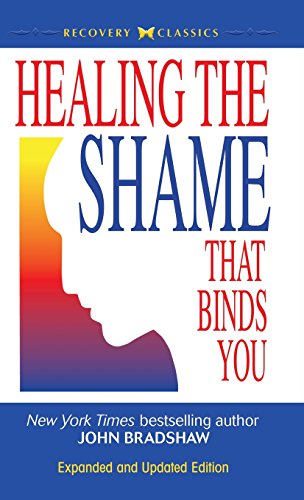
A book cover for Healing the Shame that Binds You; John Bradshaw; Health, Fitness & Dieting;